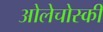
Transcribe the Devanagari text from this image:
ओलेचोस्की